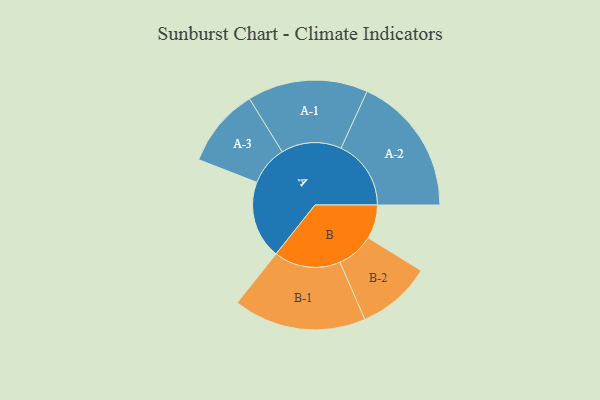
{"axis": {"x": "Segment", "y": "Value"}, "legend": ["", "A", "B"], "data": [{"x": "A", "y": 287, "type": ""}, {"x": "B", "y": 125, "type": ""}, {"x": "A-1", "y": 222, "type": "A"}, {"x": "A-2", "y": 258, "type": "A"}, {"x": "A-3", "y": 146, "type": "A"}, {"x": "B-1", "y": 245, "type": "B"}, {"x": "B-2", "y": 137, "type": "B"}]}